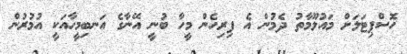
ހޮސްޕިޓަލަށް މައުލޫމާތު ދެމުން އެ ފިރިހެން މީހާ ބުނީ އޭނާގެ އަނބިމީހާއަކީ އުމުރުން